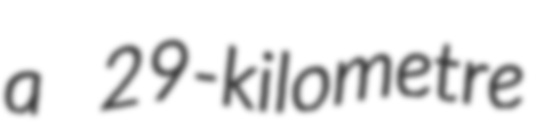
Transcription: a 29-kilometre